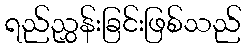
ရည်ညွှန်းခြင်းဖြစ်သည်